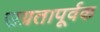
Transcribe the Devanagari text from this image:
उग्रतापूर्वक